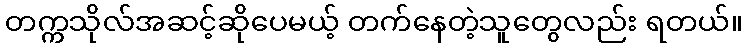
တက္ကသိုလ်အဆင့်ဆိုပေမယ့် တက်နေတဲ့သူတွေလည်း ရတယ်။